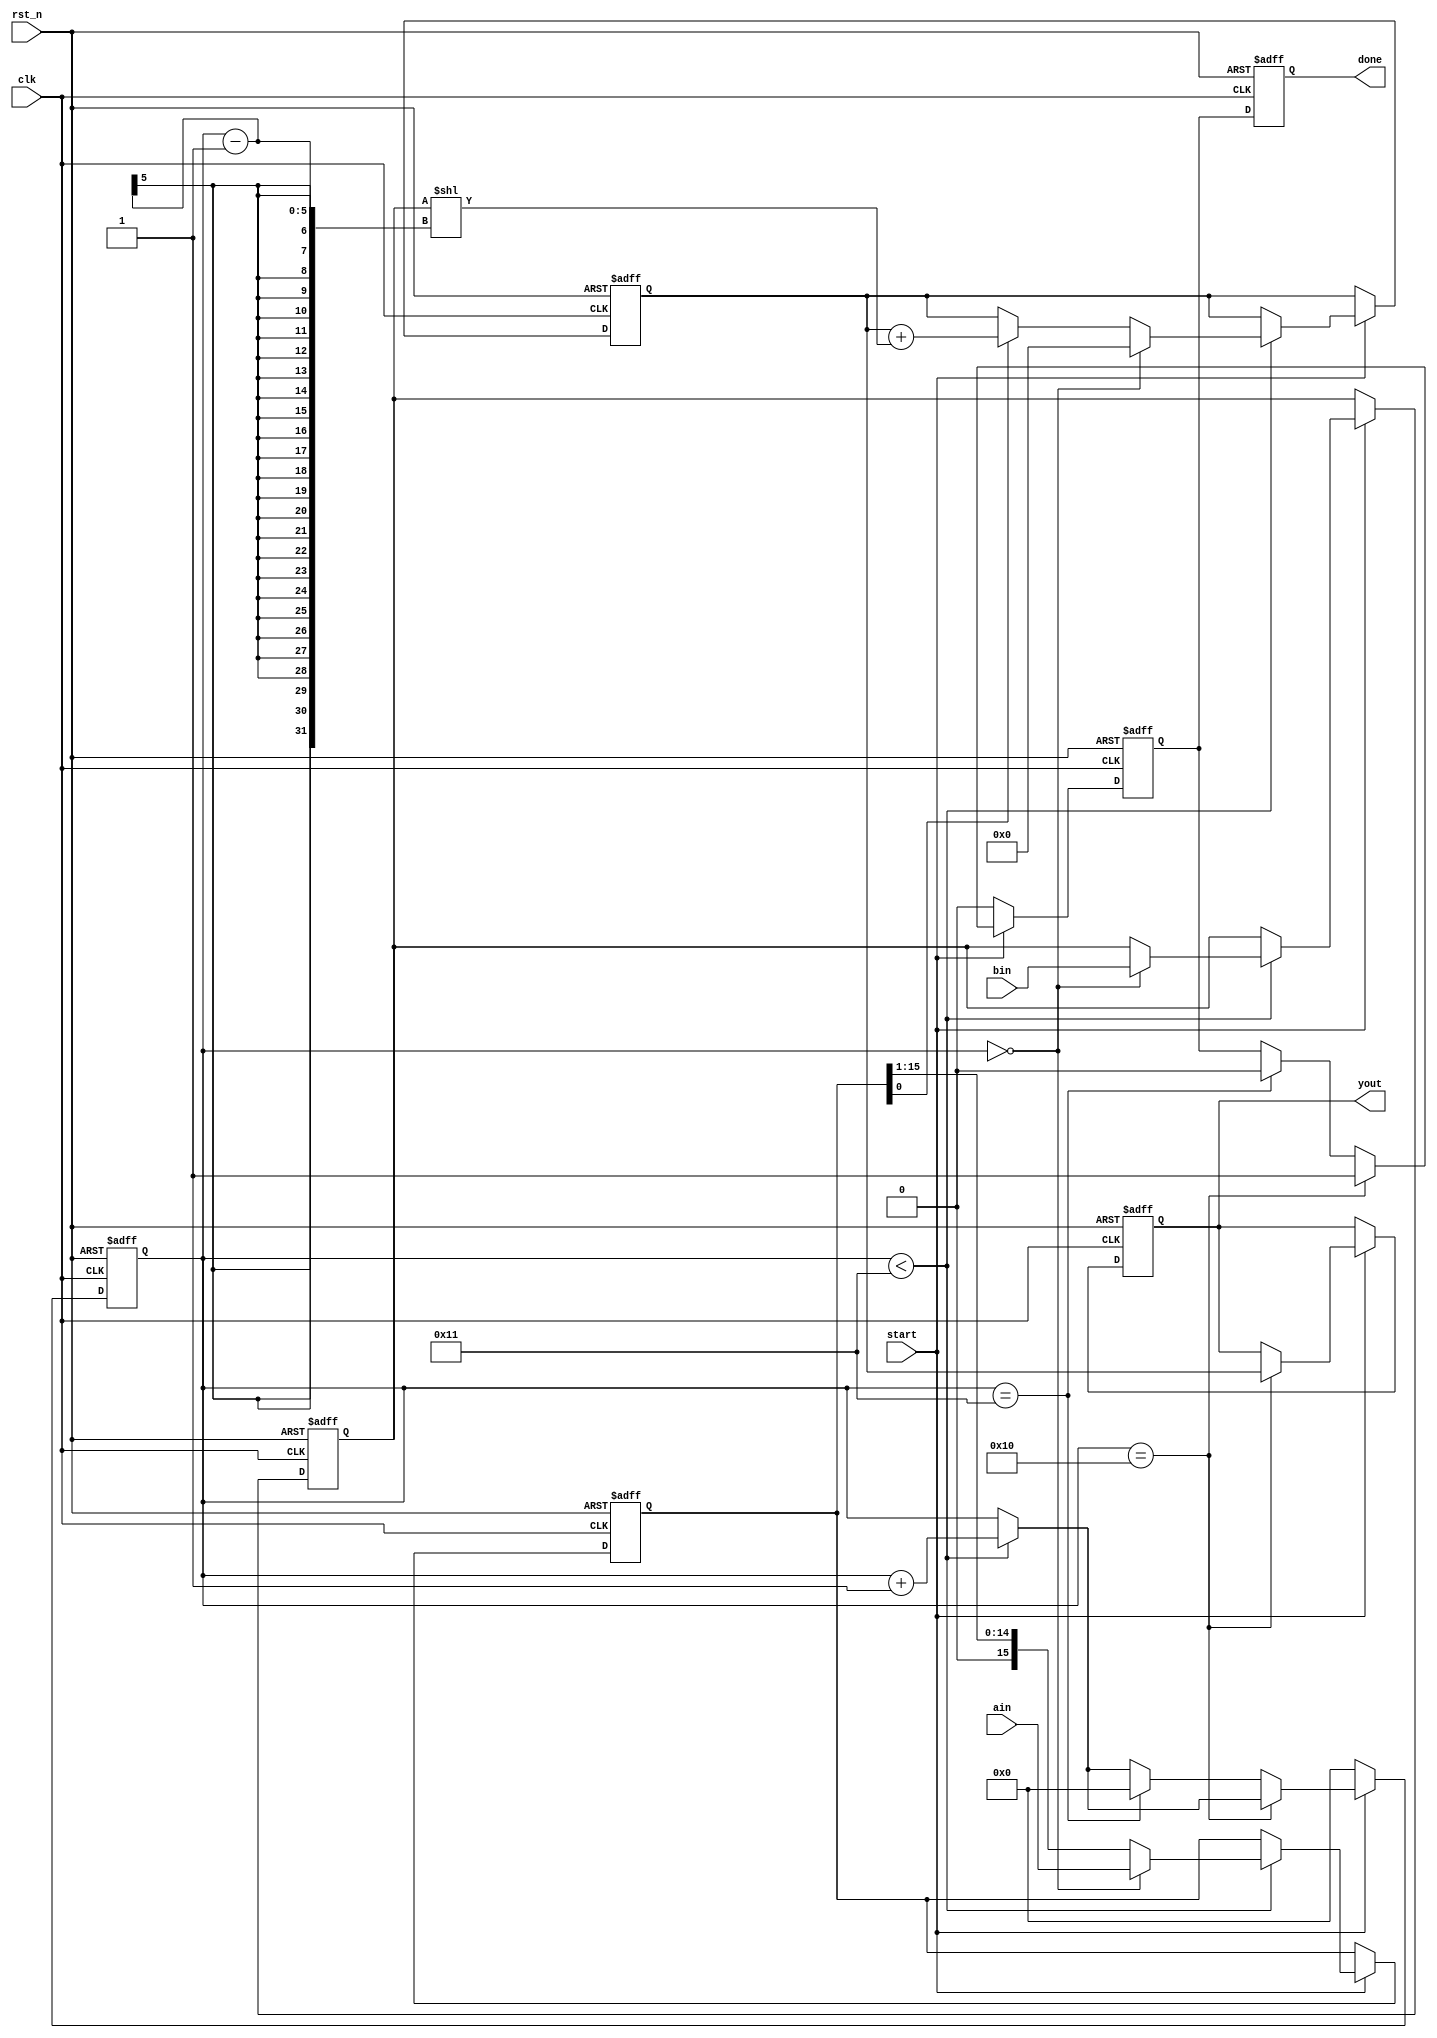
module multi_16bit(
    input clk,
    input rst_n,
    input start,
    input [15:0] ain,
    input [15:0] bin,
    output reg [31:0] yout,
    output reg done
);

    reg [31:0] product;      // Accumulated product
    reg [15:0] multiplicand; // Register for the multiplicand
    reg [15:0] multiplier;   // Register for the multiplier
    reg [4:0] i;             // Shift count register (4 bits for 0-16 range)
    reg done_r;              // Internal completion flag

    always @(posedge clk or negedge rst_n) begin
        if (~rst_n) begin
            // Reset the registers and flags
            i <= 5'b0;
            multiplicand <= 16'b0;
            multiplier <= 16'b0;
            product <= 32'b0;
            done_r <= 1'b0;
            done <= 1'b0;
            yout <= 32'b0;
        end else begin
            if (start) begin
                if (i < 17) begin
                    if (i == 0) begin
                        // Load the registers
                        multiplicand <= ain;
                        multiplier <= bin;
                        product <= 32'b0; // Clear the product register
                    end else begin
                        // Shift and accumulate
                        if (multiplicand[0]) begin
                            product <= product + (multiplier << (i - 1));
                        end
                        multiplicand <= multiplicand >> 1; // Shift right for the next cycle
                    end
                    i <= i + 1;
                end

                // Set the done flag when the operation is complete
                if (i == 16) begin
                    done_r <= 1'b1;
                    yout <= product; // Assign the accumulated product to the output
                end else if (i == 17) begin
                    // Clear the done flag for the next operation
                    done_r <= 1'b0;
                    i <= 0; // Reset the shift count register for the next operation
                end
            end else begin
                // Clear the shift count register if start is not active
                i <= 0;
                done_r <= 1'b0;
            end
            done <= done_r; // Output the done status
        end
    end

endmodule